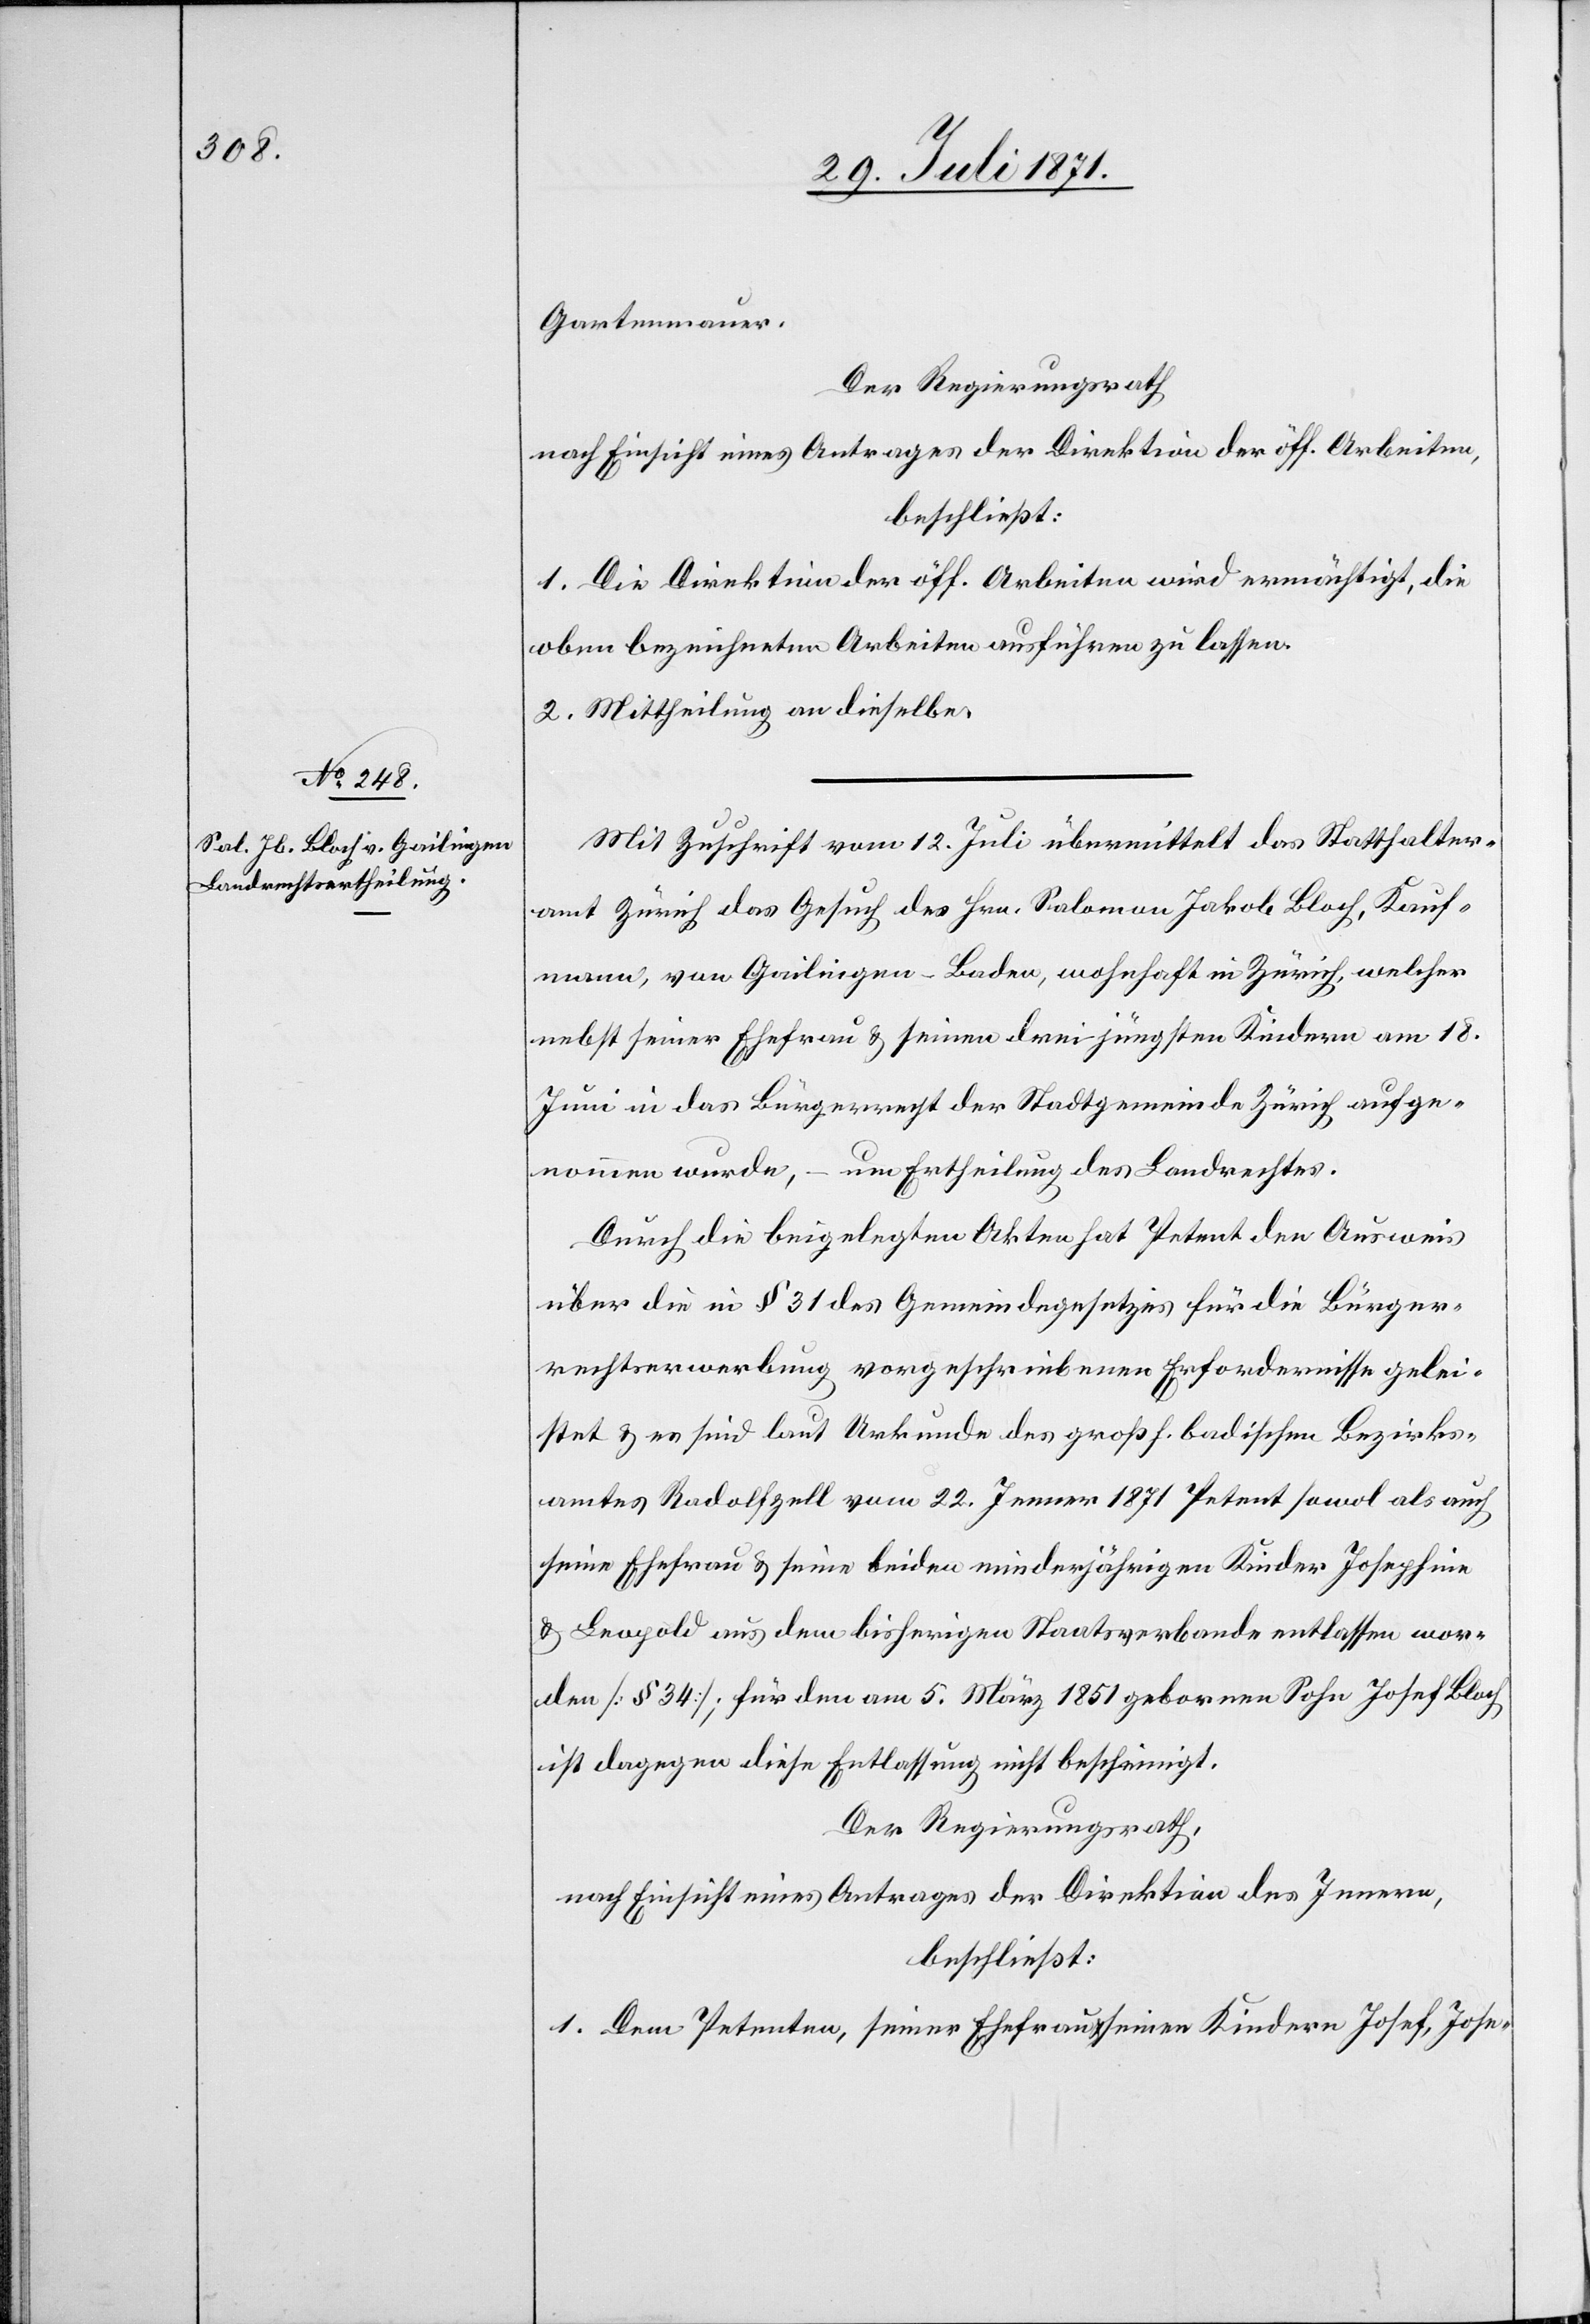
Gartenmauer.
Der Regierungsrath
nach Einsicht eines Antrages der Direktion der öff. Arbeiten,
beschließt:
1. Die Direktion der öff. Arbeiten wird ermächtigt, die
oben bezeichneten Arbeiten ausführen zu lassen.
2. Mittheilung an dieselbe.
Mit Zuschrift vom 12. Juli übermittelt das Statthalter¬
amt Zürich das Gesuch des Hrn. Salomon Jakob Bloch, Kauf¬
mann, von Gailingen-Baden, wohnhaft in Zürich, welcher
nebst seiner Ehefrau u. seinen drei jüngsten Kindern am 18.
Juni in das Bürgerrecht der Stadtgemeinde Zürich aufge¬
nommen werde, – um Ertheilung des Landrechtes.
Durch die beigelegten Akten hat Petent den Ausweis
über die in § 31 des Gemeindegesetzes für die Bürger¬
rechtserwerbung vorgeschriebenen Erfordernisse gelei¬
stet u. es sind laut Urkunde des großh. badischen Bezirks¬
amtes Radolfzell vom 22. Jenner 1871 Petent sowol als auch
seine Ehefrau u. seine beiden minderjährigen Kinder Josephine
u. Leopold aus dem bisherigen Staatsverbande entlassen wor¬
den [§ 34]; für den am 5. März 1851 gebornen Sohn Josef Bloch
ist dagegen diese Entlassung nicht bescheinigt.
Der Regierungsrath,
nach Einsicht eines Antrages der Direktion des Innern,
beschließt:
1. Dem Petent, seiner Ehefrau, seinen Kindern Josef, Jose-